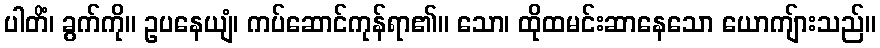
ပါတိံ၊ ခွက်ကို။ ဥပနေယျံ၊ ကပ်ဆောင်ကုန်ရာ၏။ သော၊ ထိုထမင်းဆာနေသော ယောကျ်ားသည်။